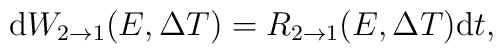
{\rm d}W_{2\rightarrow 1}(E,\Delta T)= R_{2\rightarrow 1}(E,\Delta T){\rm d}t,